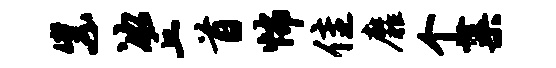
紫冰丘首怖隹靡个蕖